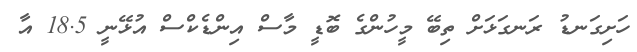
ހަށިގަނޑު ރަނގަޅަށް ތިބޭ މީހުންގެ ބޮޑީ މާސް އިންޑެކްސް އުޅޭނީ 18.5 އާ